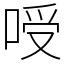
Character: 㖟